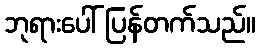
ဘုရားပေါ် ပြန်တက်သည်။